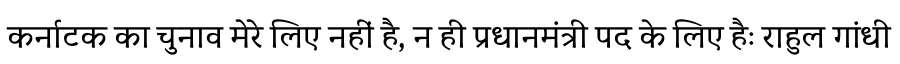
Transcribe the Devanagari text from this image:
कर्नाटक का चुनाव मेरे लिए नहीं है, न ही प्रधानमंत्री पद के लिए हैः राहुल गांधी